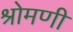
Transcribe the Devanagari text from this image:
श्रोमणी